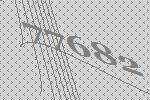
77682